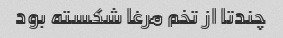
چندتا از تخم مرغا شکسته بود